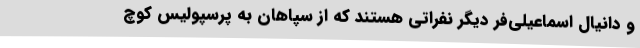
و دانیال اسماعیلی‌فر دیگر نفراتی هستند که از سپاهان به پرسپولیس کوچ